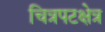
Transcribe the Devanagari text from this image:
चित्रपटक्षेत्र